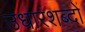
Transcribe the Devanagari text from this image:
उधारशब्दों